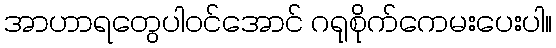
အာဟာရတွေပါဝင်အောင် ဂရုစိုက်ကေမးပေးပါ။